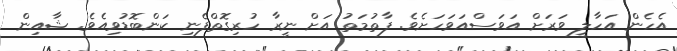
އެހެން އަހާލީ ވަރަށް އަވަސްއަވަހަށެވެ. ފާތުމަތު އަށް ނީރާ ހުރިގޮތްފެނި ކަންބޮޑުވިއެވެ. ޝާއިން